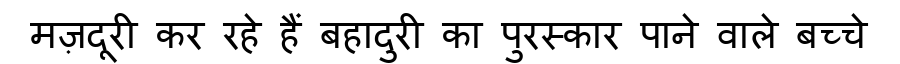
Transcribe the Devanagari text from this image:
मज़दूरी कर रहे हैं बहादुरी का पुरस्कार पाने वाले बच्चे